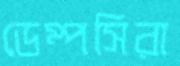
ডেম্পসিরা